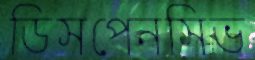
ডিসপেনসিভ